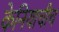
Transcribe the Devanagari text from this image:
केनियाचीच